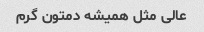
عالی مثل همیشه دمتون گرم